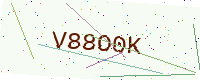
Text: V88O0K